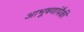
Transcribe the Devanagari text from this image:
आभूषणांपैकी